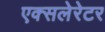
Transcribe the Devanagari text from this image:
एक्सलेरेटर